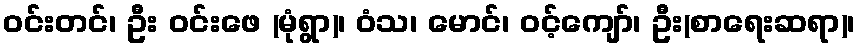
ဝင်းတင်၊ ဦး ဝင်းဖေ (မုံရွာ)၊ ဝံသ၊ မောင်၊ ဝင့်ကျော်၊ ဦး(စာရေးဆရာ)၊